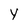
Character: Y